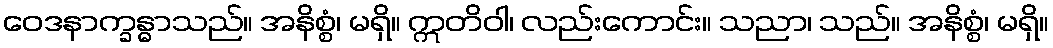
ဝေဒနာက္ခန္ဓာသည်။ အနိစ္စံ၊ မရှိ။ ဣတိဝါ၊ လည်းကောင်း။ သညာ၊ သည်။ အနိစ္စံ၊ မရှိ။